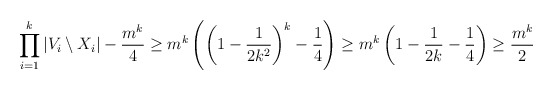
\begin{align*} \prod_{i=1}^k |V_i\setminus X_i|-\frac{m^k}{4}\geq m^k\left(\left(1-\frac{1}{2k^2}\right)^k-\frac{1}{4}\right)\geq m^k\left(1-\frac{1}{2k}-\frac{1}{4}\right)\geq \frac{m^k}{2}\end{align*}